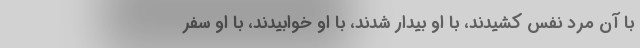
با آن مرد نفس کشیدند، با او بیدار شدند، با او خوابیدند، با او سفر